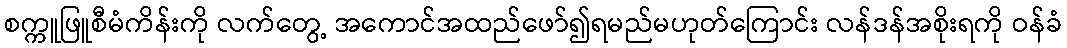
စက္ကူဖြူစီမံကိန်းကို လက်တွေ့ အကောင်အထည်ဖော်၍ရမည်မဟုတ်ကြောင်း လန်ဒန်အစိုးရကို ဝန်ခံ